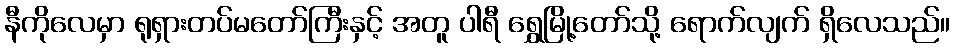
နီကိုလေမှာ ရုရှားတပ်မတော်ကြီးနှင့် အတူ ပါရီ ရွှေမြို့တော်သို့ ရောက်လျက် ရှိလေသည်။